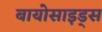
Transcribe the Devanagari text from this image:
बायोसाइड्स